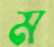
ম